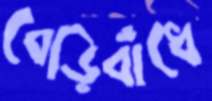
বেড়িবাঁধে